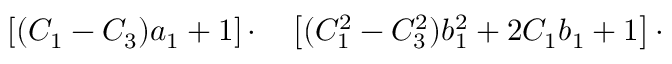
\begin{array} { r l } { \left[ ( C _ { 1 } - C _ { 3 } ) a _ { 1 } + 1 \right] \cdot } & { { } \left[ ( C _ { 1 } ^ { 2 } - C _ { 3 } ^ { 2 } ) b _ { 1 } ^ { 2 } + 2 C _ { 1 } b _ { 1 } + 1 \right] \cdot } \end{array}